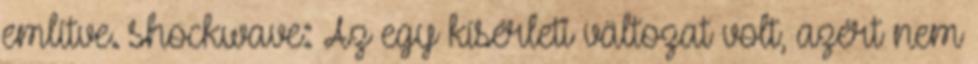
említve. shockwave: Az egy kísérleti vältozat volt, azért nem